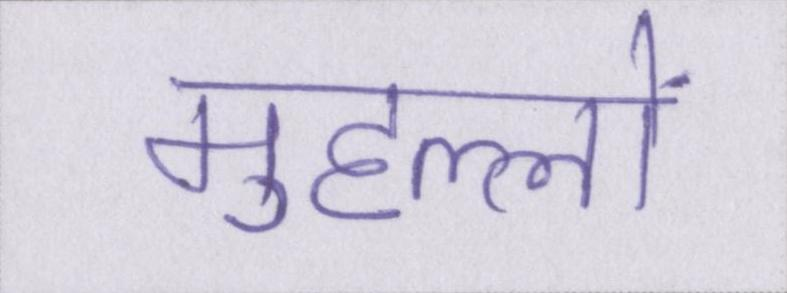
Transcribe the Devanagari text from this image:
मुहल्लों